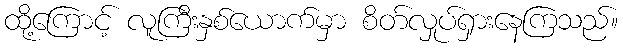
ထို့ကြောင့် လူကြီးနှစ်ယောက်မှာ စိတ်လှုပ်ရှားနေကြသည်။